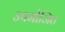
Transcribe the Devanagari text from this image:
उपभोजित